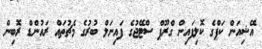
އޭޝިއަން ކަޕްގެ ކޮލިފައިން ގްރޫޕް ސްޓޭޖުގެ ފައިނަލް ބުރުގެ މެޗުތައް ރައުންޑް ރޮބިން